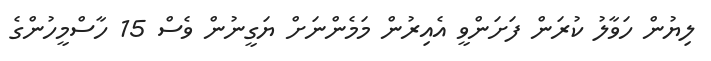
ލިޔުން ހަވާލު ކުރަން ފަށަންވީ އެއިރުން މަމެންނަށް ޔަގީނުން ވެސް 15 ހާސްމީހުންގެ